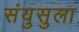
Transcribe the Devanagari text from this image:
संयुसुला